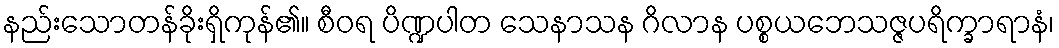
နည်းသောတန်ခိုးရှိကုန်၏။ စီဝရ ပိဏ္ဍပါတ သေနာသန ဂိလာန ပစ္စယဘေသဇ္ဇပရိက္ခာရာနံ၊